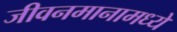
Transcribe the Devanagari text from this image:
जीवनमानामध्ये